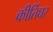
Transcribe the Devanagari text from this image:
कीर्तिघर